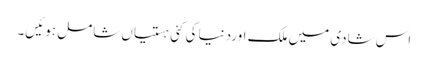
اس شادی میں ملک اوردنیا کی کئی ہستیاں شامل ہوئیں۔